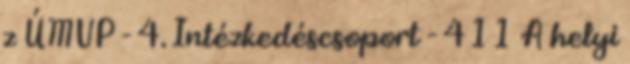
z ÚMVP - 4. Intézkedéscsoport - 411 A helyi